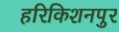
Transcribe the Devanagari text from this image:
हरिकिशनपुर